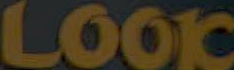
LOOK